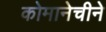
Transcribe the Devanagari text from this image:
कोमानेचीने